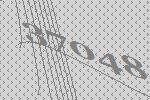
37048